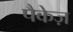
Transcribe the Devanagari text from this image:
पैकेज़